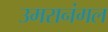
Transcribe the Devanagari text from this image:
उमरानंगल